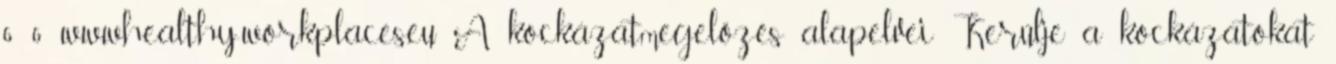
6 6 www.healthy-workplaces.eu A kockázatmegelőzés alapelvei Kerülje a kockázatokat